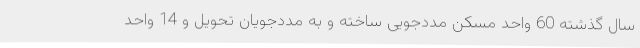
سال گذشته 60 واحد مسکن مددجویی ساخته و به مددجویان تحویل و 14 واحد